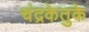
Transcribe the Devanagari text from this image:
चंद्रकेतुके